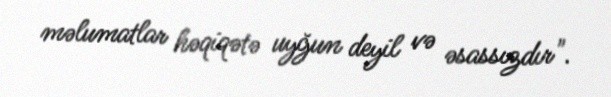
məlumatlar həqiqətə uyğun deyil və əsassızdır".